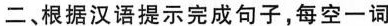
二、根据汉语提示完成句子,每空一词